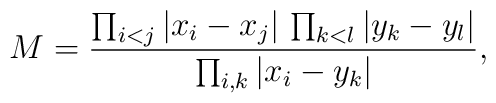
M=\frac{\prod_{i<j}\vert x_i-x_j\vert\, \prod_{k<l}\vert y_k-y_l\vert}{\prod_{i,k}\vert x_i-y_k\vert},